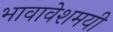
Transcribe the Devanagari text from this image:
भावावेशमयी